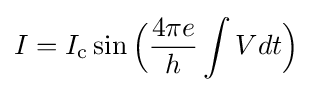
I=I_{\text{c}}\sin {\Bigl (}{4\pi e \over h}\int Vdt{\Bigr )}